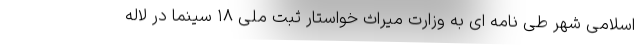
اسلامی شهر طی نامه ای به وزارت میراث خواستار ثبت ملی ۱۸ سینما در لاله